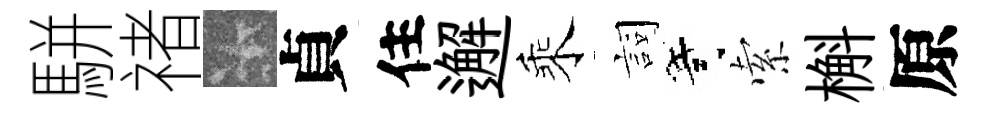
駢禇卡貞住邂乘詞寄索槲原